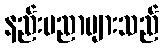
နည်းပညာများသည်